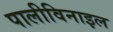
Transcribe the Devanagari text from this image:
पालीविनाइल